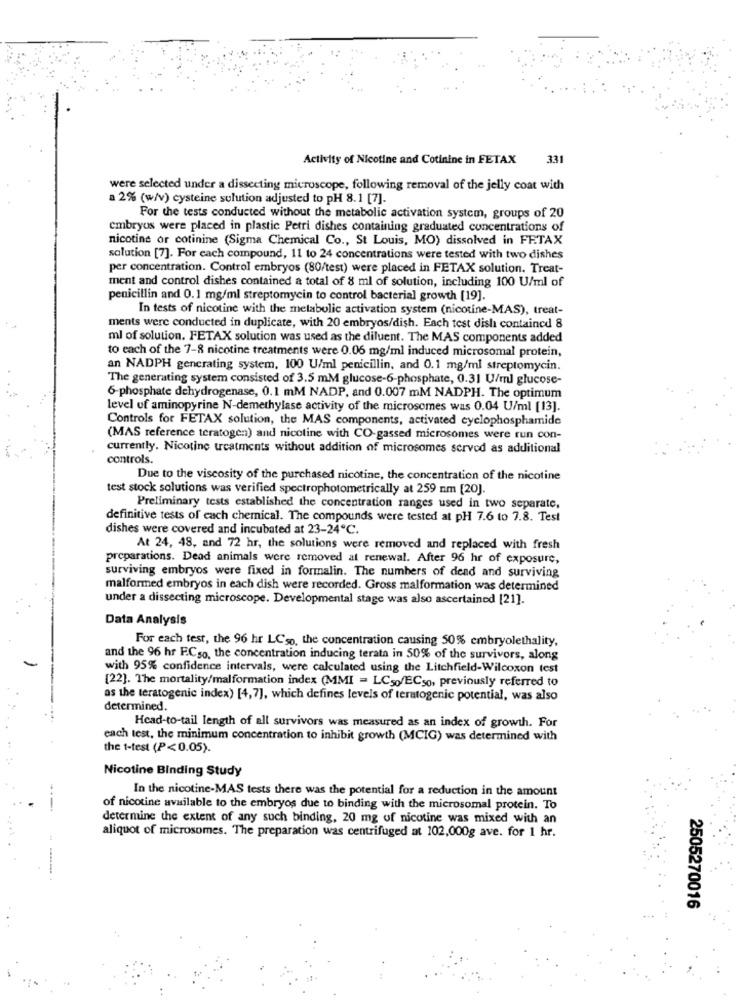
Activity of Nicotine and Cotinine in FETAX
331
were selected under a dissecting microscope, following removal of the jelly coat with
a 2% (w/v) cysteine sulution adjusted to pH 8.1 [7].
For the tests conducted without the metabolic activation system, groups of 20
embryos were placed in plastic Petri dishes containing graduated concentrations of
nicotine or cotinine (Sigma Chemical Co ., St Louis, MO) dissolved in FETAX
solution [7]. For each compound, 11 to 24 concentrations were tested with two dishes
per concentration. Control embryos (80/test) were placed in FETAX solution. Treat-
ment and control dishes contained a total of 8 ml of solution, including 100 U/ml of
penicillin and 0.1 mg/ml streptomycin to control bacterial growth [19].
In tests of nicotine with the metabolic activation system (nicotine-MAS), treat-
ments were conducted in duplicate, with 20 embryos/dish. Each test dish contained 8
ml of solution. FETAX solution was used as the diluent. The MAS components added
to each of the 7-8 nicotine treatments were 0.06 mg/ml induced microsomal protein,
an NADPH gencrating system, 100 U/ml penicillin, and 0.1 mg/ml streptomycin.
The generating system consisted of 3.5 mM glucose-6-phosphate, 0.31 U/ml glucose-
6-phosphate dehydrogenase, 0.1 mM NADP, and 0.007 mM NADPH. The optimum
level of aminopyrine N-demethylase activity of the microsomes was 0.04 U/ml [13].
Controls for FETAX solution, the MAS components, activated cyclophosphamide
(MAS reference teratogen) and nicotine with CO-gassed microsomes were run con-
currently. Nicotine treatments without addition of microsomes served as additional
controls.
Due to the viscosity of the purchased nicotine, the concentration of the nicotine
test stock solutions was verified spectrophotometrically at 259 nm [20].
Preliminary tests established the concentration ranges used in two separate,
definitive tests of each chemical. The compounds were tested at pH 7.6 to 7.8. Test
dishes were covered and incubated at 23-24℃.
At 24, 48, and 72 hr, the solutions were removed and replaced with fresh
preparations. Dead animals were removed al renewal. After 96 hr of exposure,
surviving embryos were fixed in formalin. The numbers of dead and surviving
malformed embryos in each dish were recorded. Gross malformation was determined
under a dissecting microscope. Developmental stage was also ascertained [21].
Data Analysis
For each test, the 96 hr LCso, the concentration causing 50% embryolethality,
and the 96 hr F.Cso, the concentration inducing terata in 50% of the survivors, along
with 95% confidence intervals, were calculated using the Litchfield-Wilcoxon test
[22]. The mortality/malformation index (MMI = LC50/ECso, previously referred to
as the teratogenic index) [4,7], which defines levels of teratogenic potential, was also
determined.
Head-to-tail length of all survivors was measured as an index of growth. For
each test, the minimum concentration to inhibit growth (MCIG) was determined with
the t-test (P<0.05).
Nicotine Binding Study
In the nicotine-MAS tests there was the potential for a reduction in the amount
of nicotine available to the embryos due to binding with the microsomal protein. To
determine the extent of any such binding, 20 mg of nicotine was mixed with an
aliquot of microsomes. The preparation was centrifuged at 102,000g ave. for 1 hr.
2505270016